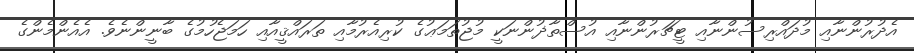
އެދުރުންނާއި މުދައްރިސުންނާއި ޓީޗަރުންނާއި އުސްތާޛުންނަކީ މުޖުތަމަޢުގެ ކުރިއެރުމާއި ތަރައްޤީއާއި ހަމަޖެހުމުގެ ބާނީންނެވެ. އެއެންމެންގެ